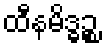
ထီနမိဒ္ဓဉ္စ